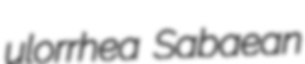
ulorrhea Sabaean